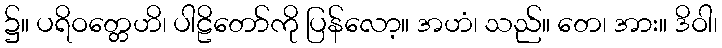
၌။ ပရိဝတ္တေဟိ၊ ပါဠိတော်ကို ပြန်လော့။ အဟံ၊ သည်။ တေ၊ အား။ ဒိဝါ၊